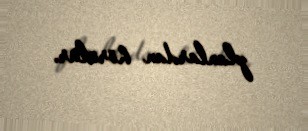
planlardan hörülür.